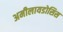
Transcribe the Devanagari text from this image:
अमीलायडोसिस